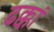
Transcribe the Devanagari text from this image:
ढक्कां